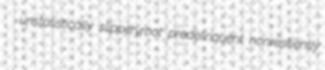
unstatistically slipperyroot predelinquent nonresiliently